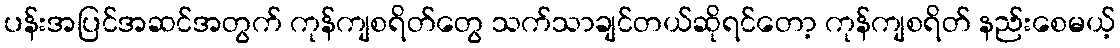
ပန်းအပြင်အဆင်အတွက် ကုန်ကျစရိတ်တွေ သက်သာချင်တယ်ဆိုရင်တော့ ကုန်ကျစရိတ် နည်းစေမယ့်